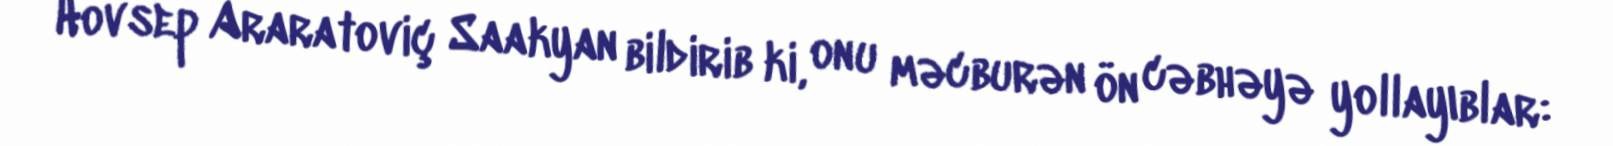
Hovsep Araratoviç Saakyan bildirib ki, onu məcburən ön cəbhəyə yollayıblar: